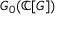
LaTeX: G _ { 0 } ( \mathbb { C } [ G ] )